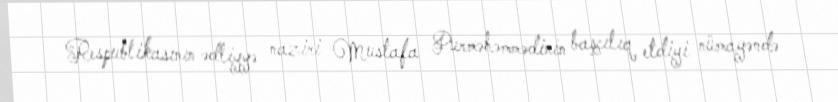
Respublikasının ədliyyə naziri Mustafa Purməhəmmədinin başçılıq etdiyi nümayəndə